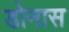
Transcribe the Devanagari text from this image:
डोनास